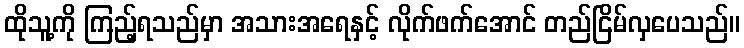
ထိုသူ့ကို ကြည့်ရသည်မှာ အသားအရေနှင့် လိုက်ဖက်အောင် တည်ငြိမ်လှပေသည်။